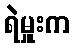
ရဲမှူးက